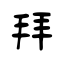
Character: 拜